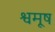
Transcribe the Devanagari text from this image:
श्वमूष